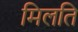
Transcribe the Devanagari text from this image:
मिलति